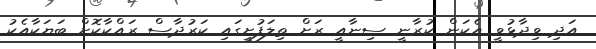
އަދި ވިދާޅުވީ އެކަން ކުރާނީ ސިނާއީ ރަށް ތިލަފުށީގައި ކަރުދާސް ރައްކާކޮށް ބަޔަކާއެކު